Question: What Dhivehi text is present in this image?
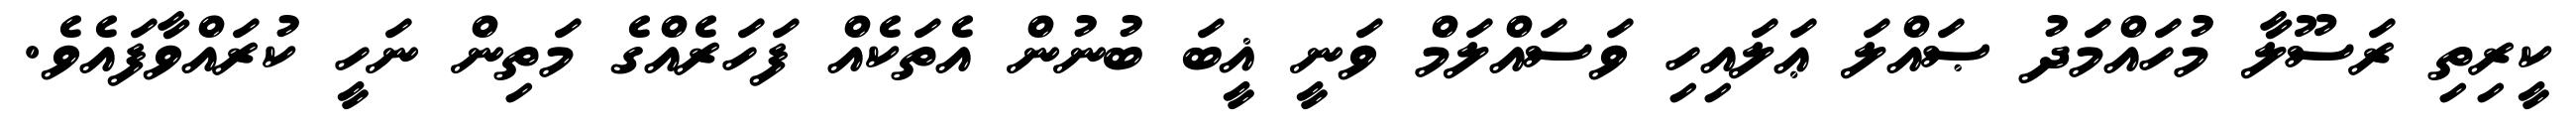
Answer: ކީރިތި ރަސޫލާ މުހައްމަދު ޞައްލަ ޢަލައިހި ވަސައްލަމް ވަނީ ޣީބަ ބުނުން އެތަކެއް ފަހަރެއްގެ މަތިން ނަހީ ކުރައްވާފައެވެ.